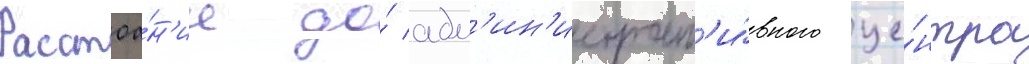
Расстоа́н'ие до́ адм'ин'истрат'и́вного це́нтра